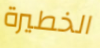
الخطيرة